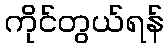
ကိုင်တွယ်ရန်